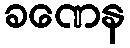
ခဏေန